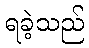
ရခဲ့သည်